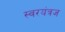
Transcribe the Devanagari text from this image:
स्वरयंत्रज